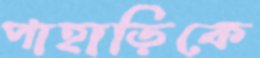
পাহাড়িকে